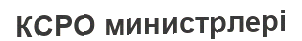
КСРО министрлері